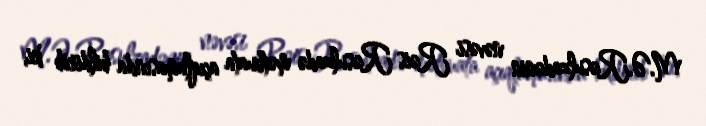
M.Ə.Rəsulzadənin nəvəsi Rəis Rəsulzadə mətbuata açıqlamasında bildirib ki,